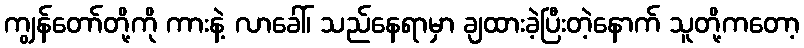
ကျွန်တော်တို့ကို ကားနဲ့ လာခေါ်၊ သည်နေရာမှာ ချထားခဲ့ပြီးတဲ့နောက် သူတို့ကတော့